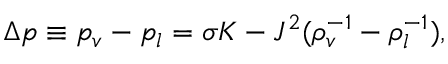
\Delta p \equiv p _ { v } - p _ { l } = \sigma K - { J ^ { 2 } } ( \rho _ { v } ^ { - 1 } - \rho _ { l } ^ { - 1 } ) ,